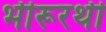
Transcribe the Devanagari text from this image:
भीरूरथी